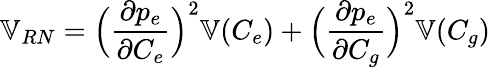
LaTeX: \mathbb{V}_{RN}=\Big(\frac{\partial p_{e}}{\partial C_{e}}\Big)^{2}\mathbb{V}(C_{e})+\Big(\frac{\partial p_{e}}{\partial C_{g}}\Big)^{2}\mathbb{V}(C_{g})